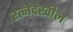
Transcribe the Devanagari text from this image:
रत्‍नेदेखील